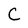
Character: C